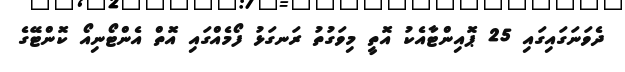
ދެވަނަގައިގައި 25 ޕޮއިންޓާއެކު އޮތީ މިވަގުތު ރަނގަޅު ފޯމެއްގައި އޮތް އެންޓޯނިއޯ ކޮންޓޭގެ